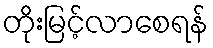
တိုးမြင့်လာစေရန်